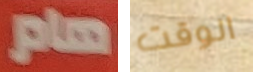
هام الوقت